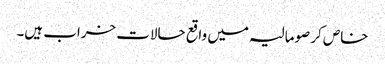
خاص کر صومالیہ میں واقع حالات خراب ہیں۔